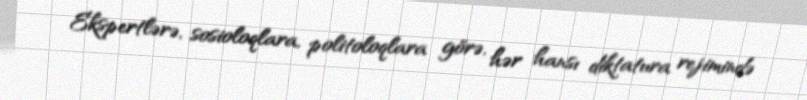
Ekspertlərə, sosioloqlara, politoloqlara görə, hər hansı diktatura rejimində